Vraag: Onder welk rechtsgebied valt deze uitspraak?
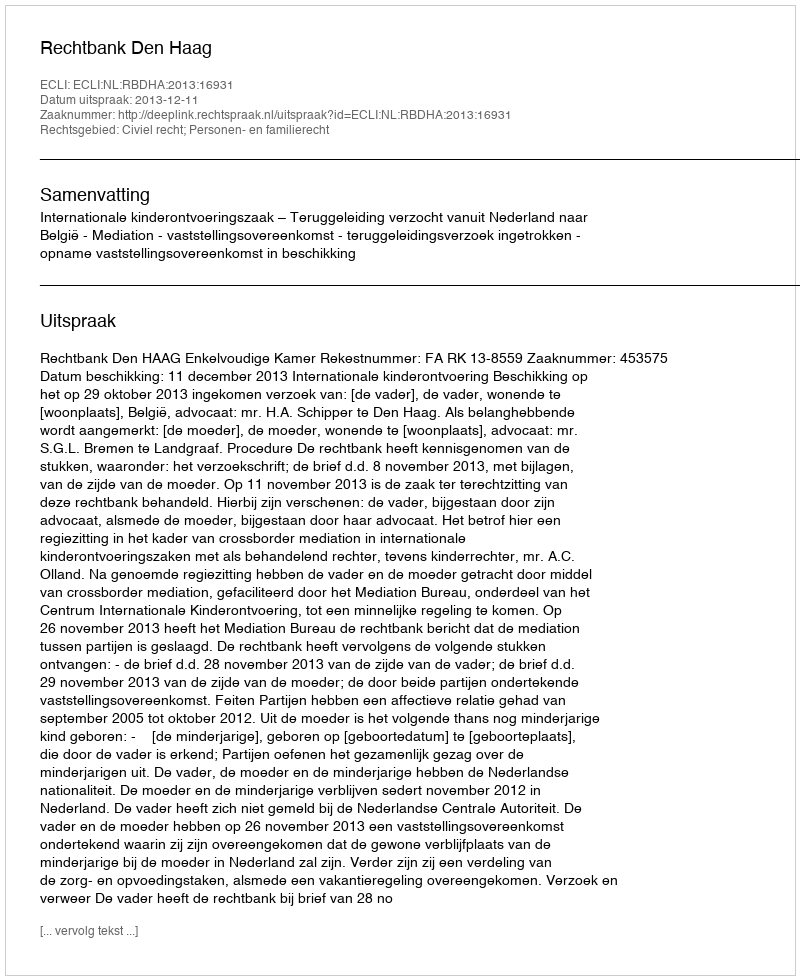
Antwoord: Civiel recht; Personen- en familierecht